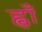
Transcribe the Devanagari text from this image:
ह्वाँ